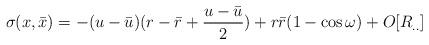
LaTeX: \begin{align*}\sigma( x, {\bar x}) = - (u - {\bar u})( r - {\bar r} + \frac{u - {\bar u}}{2}) +r{\bar r}(1 - \cos \omega) + O[R_{..}]\end{align*}